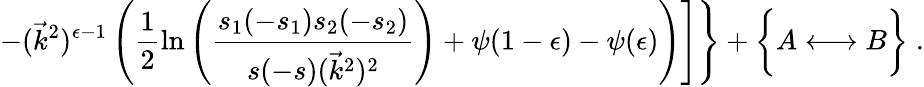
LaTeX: \left.\left.-(\vec{k}^{2})^{\epsilon-1}\left(\frac{1}{2}\ln\left(\frac{s_{1}(-s_{1})s_{2}(-s_{2})}{s(-s)(\vec{k}^{2})^{2}}\right)+\psi(1-\epsilon)-\psi(\epsilon)\right)\right]\right\} +\biggl\{ A\longleftrightarrow B\biggr\} \; .